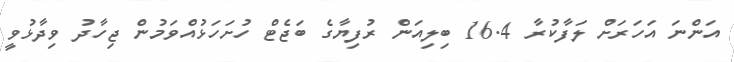
އަންނަ އަހަރަށް ލަފާކުރާ 16.4 ބިލިއަން ރުފިޔާގެ ބަޖެޓް ހުށަހަޅުއްވަމުން ޖިހާދު ވިދާޅުވީ